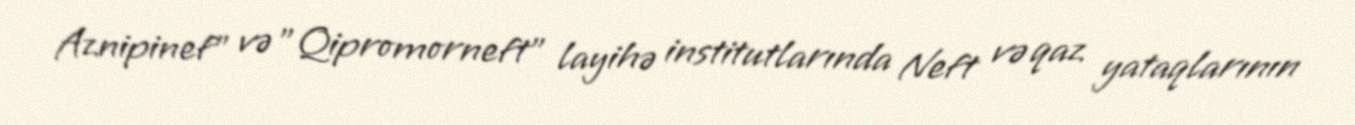
Aznipinef" və "Qipromorneft" layihə institutlarında Neft və qaz yataqlarının